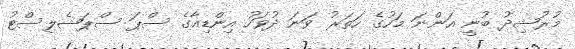
މުރުޝިދު ބުނީ އަންނަ މަހުގެ ހަތަރު ވަނަ ދުވަހު އިންޑިއާގެ ސްޕަ ސްޕަޝެލިސްޓު